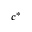
c ^ { * }